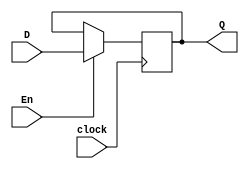
module EightbitRegister(
	input wire [7:0] D,
	input wire clock, 
	input wire En,
	output reg [7:0] Q
);
	always @(posedge clock) begin
		if (En) begin
			Q <= D;
		end
	end
endmodule


//the write_enable is globally, need to write one reg at a time 
module RegisterFile(
	input wire clk,
	input [2:0] read_addr0,
	input [2:0] read_addr1,
	input wire [2:0] write_addr,
	input wire [7:0] write_data,
	input write_enable,
	output reg [7:0] read_data0,
	output reg [7:0] read_data1
);
	
	wire [0:7] registerIn [7:0];
	
    reg [7:0] write_signal; // Declare a reg for write signal


always @(*) begin
    //write_signal = write_enable; // Assign the value of En to write_signal

    case (write_addr) 
        3'b000: write_signal = 8'b00000001;
        3'b001: write_signal = 8'b00000010;
        3'b010: write_signal = 8'b00000100;
        3'b011: write_signal = 8'b00001000;
        3'b100: write_signal = 8'b00010000;
        3'b101: write_signal = 8'b00100000; 
        3'b110: write_signal = 8'b01000000; 
        3'b111: write_signal = 8'b10000000; 
        default: write_signal = 8'b00000000; 
    endcase
end

// Instantiate EightbitRegister modules for each of the_enable 
            
  	EightbitRegister regs0 (
    	.D(write_data),
    	.clock(clk),
    	.En(write_signal[0]),
    	.Q(registerIn[0])
  	);

	EightbitRegister regs1 (
    	.D(write_data),
    	.clock(clk),
    	.En(write_signal[1]),
    	.Q(registerIn[1])
  	);

	EightbitRegister regs2 (
    	.D(write_data),
    	.clock(clk),
    	.En(write_signal[2]),
    	.Q(registerIn[2])
  	);
	EightbitRegister regs3 (
    	.D(write_data),
    	.clock(clk),
    	.En(write_signal[3]),
    	.Q(registerIn[3])
  	);
	EightbitRegister regs4 (
    	.D(write_data),
    	.clock(clk),
    	.En(write_signal[4]),
    	.Q(registerIn[4])
  	);
	EightbitRegister regs5 (
    	.D(write_data),
    	.clock(clk),
    	.En(write_signal[5]),
    	.Q(registerIn[5])
  	); 
	EightbitRegister regs6 (
    	.D(write_data),
    	.clock(clk),
    	.En(write_signal[6]),
    	.Q(registerIn[6])
  	);
	EightbitRegister regs7 (
    	.D(write_data),
    	.clock(clk),
    	.En(write_signal[7]),
    	.Q(registerIn[7])
	);

// Use write_signal in the decoder
always @(*) begin
	//write_signal = write_enable;
    case (read_addr0)
        3'b000: read_data0 = (write_enable && (write_addr == 3'b000)) ? write_data : registerIn[0];
        3'b001: read_data0 = (write_enable && (write_addr == 3'b001)) ? write_data : registerIn[1];
        3'b010: read_data0 = (write_enable && (write_addr == 3'b010)) ? write_data : registerIn[2];
        3'b011: read_data0 = (write_enable && (write_addr == 3'b011)) ? write_data : registerIn[3];
        3'b100: read_data0 = (write_enable && (write_addr == 3'b100)) ? write_data : registerIn[4];
        3'b101: read_data0 = (write_enable && (write_addr == 3'b101)) ? write_data : registerIn[5];
        3'b110: read_data0 = (write_enable && (write_addr == 3'b110)) ? write_data : registerIn[6];
        3'b111: read_data0 = (write_enable && (write_addr == 3'b111)) ? write_data : registerIn[7];
        default: read_data0 = 8'bzzzzzzzz; 
    endcase
end


always @(*) begin
	//write_signal = write_enable;
    case (read_addr1)
        3'b000: read_data1 = (write_enable && (write_addr == 3'b000)) ? write_data : registerIn[0];
        3'b001: read_data1 = (write_enable && (write_addr == 3'b001)) ? write_data : registerIn[1];
        3'b010: read_data1 = (write_enable && (write_addr == 3'b010)) ? write_data : registerIn[2];
        3'b011: read_data1 = (write_enable && (write_addr == 3'b011)) ? write_data : registerIn[3];
        3'b100: read_data1 = (write_enable && (write_addr == 3'b100)) ? write_data : registerIn[4];
        3'b101: read_data1 = (write_enable && (write_addr == 3'b101)) ? write_data : registerIn[5];
        3'b110: read_data1 = (write_enable && (write_addr == 3'b110)) ? write_data : registerIn[6];
        3'b111: read_data1 = (write_enable && (write_addr == 3'b111)) ? write_data : registerIn[7];
        default: read_data1 = 8'bzzzzzzzz; 
    endcase
end 


endmodule







/*
// Use write_signal in the decoder
always @(*) begin
	write_signal = write_enable;
    case (read_addr0)
        3'b000: read_data0 = (write_signal[0] && (write_addr == 3'b000)) ? write_data : registerIn[0];
        3'b001: read_data0 = (write_signal[1] && (write_addr == 3'b001)) ? write_data : registerIn[1];
        3'b010: read_data0 = (write_signal[2] && (write_addr == 3'b010)) ? write_data : registerIn[2];
        3'b011: read_data0 = (write_signal[3] && (write_addr == 3'b011)) ? write_data : registerIn[3];
        3'b100: read_data0 = (write_signal[4] && (write_addr == 3'b100)) ? write_data : registerIn[4];
        3'b101: read_data0 = (write_signal[5] && (write_addr == 3'b101)) ? write_data : registerIn[5];
        3'b110: read_data0 = (write_signal[6] && (write_addr == 3'b110)) ? write_data : registerIn[6];
        3'b111: read_data0 = (write_signal[7] && (write_addr == 3'b111)) ? write_data : registerIn[7];
        default: read_data0 = 8'bxxxxxxxx; 
    endcase
end

always @(*) begin
	write_signal = write_enable;
    // Similar logic for read_data1 using write_signal
    case (read_addr1)
        3'b000: read_data1 = (write_signal[0] && (write_addr == 3'b000)) ? write_data : registerIn[0];
        3'b001: read_data1 = (write_signal[1] && (write_addr == 3'b001)) ? write_data : registerIn[1];
        3'b010: read_data1 = (write_signal[2] && (write_addr == 3'b010)) ? write_data : registerIn[2];
        3'b011: read_data1 = (write_signal[3] && (write_addr == 3'b011)) ? write_data : registerIn[3];
        3'b100: read_data1 = (write_signal[4] && (write_addr == 3'b100)) ? write_data : registerIn[4];
        3'b101: read_data1 = (write_signal[5] && (write_addr == 3'b101)) ? write_data : registerIn[5];
        3'b110: read_data1 = (write_signal[6] && (write_addr == 3'b110)) ? write_data : registerIn[6];
        3'b111: read_data1 = (write_signal[7] && (write_addr == 3'b111)) ? write_data : registerIn[7];
        default: read_data1 = 8'bxxxxxxxx; 
    endcase
end*/

/*
// Use write_signal in the decoder
always @(*) begin
	write_signal = write_enable;
    case (read_addr0)
        3'b000: read_data0 = registerIn[0];
        3'b001: read_data0 = registerIn[1];
        3'b010: read_data0 = registerIn[2];
        3'b011: read_data0 = registerIn[3];
        3'b100: read_data0 = registerIn[4];
        3'b101: read_data0 = registerIn[5];
        3'b110: read_data0 = registerIn[6];
        3'b111: read_data0 = registerIn[7];
        default: read_data0 = 8'bxxxxxxxx; 
    endcase
end
always @(*) begin
	write_signal = write_enable;
    case (read_addr0)
        3'b000: read_data1 = registerIn[0];
        3'b001: read_data1 = registerIn[1];
        3'b010: read_data1 = registerIn[2];
        3'b011: read_data1 = registerIn[3];
        3'b100: read_data1 = registerIn[4];
        3'b101: read_data1 = registerIn[5];
        3'b110: read_data1 = registerIn[6];
        3'b111: read_data1 = registerIn[7];
        default: read_data1 = 8'bxxxxxxxx; 
    endcase
end*/